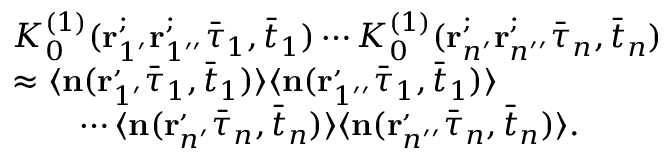
\begin{array} { r l } & { K _ { 0 } ^ { ( 1 ) } ( \mathbf { r } _ { 1 ^ { \prime } } ^ ; \mathbf { r } _ { 1 ^ { \prime \prime } } ^ ; \bar { \tau } _ { 1 } , \bar { t } _ { 1 } ) \cdots K _ { 0 } ^ { ( 1 ) } ( \mathbf { r } _ { n ^ { \prime } } ^ ; \mathbf { r } _ { n ^ { \prime \prime } } ^ ; \bar { \tau } _ { n } , \bar { t } _ { n } ) } \\ & { \approx \langle \mathbf { n } ( \mathbf { r } _ { 1 ^ { \prime } } ^ , \bar { \tau } _ { 1 } , \bar { t } _ { 1 } ) \rangle \langle \mathbf { n } ( \mathbf { r } _ { 1 ^ { \prime \prime } } ^ , \bar { \tau } _ { 1 } , \bar { t } _ { 1 } ) \rangle } \\ & { \qquad \cdots \langle \mathbf { n } ( \mathbf { r } _ { n ^ { \prime } } ^ , \bar { \tau } _ { n } , \bar { t } _ { n } ) \rangle \langle \mathbf { n } ( \mathbf { r } _ { n ^ { \prime \prime } } ^ , \bar { \tau } _ { n } , \bar { t } _ { n } ) \rangle . } \end{array}